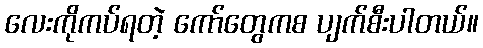
လေးကိုကပ်ရတဲ့ ကော်တွေကစ ပျက်စီးပါတယ်။